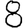
Digit: 8